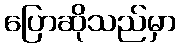
ပြောဆိုသည်မှာ